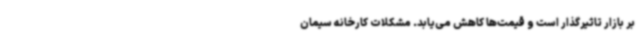
بر بازار تاثیرگذار است و قیمت‌ها کاهش می‌یابد. مشکلات کارخانه سیمان